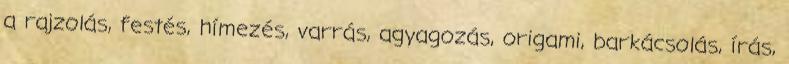
a rajzolás, festés, hímezés, varrás, agyagozás, origami, barkácsolás, írás,